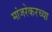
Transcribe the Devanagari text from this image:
मांजरेकरच्या